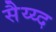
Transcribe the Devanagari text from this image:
सैय्य्द